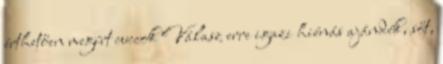
érthetően megírt cuccok Válasz erre igazi hiénás ajándék, sőt,